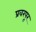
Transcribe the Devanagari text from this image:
प्रवरपूर